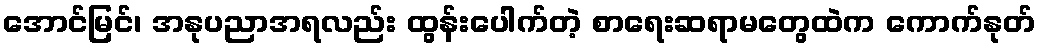
အောင်မြင်၊ အနုပညာအရလည်း ထွန်းပေါက်တဲ့ စာရေးဆရာမတွေထဲက ကောက်နုတ်